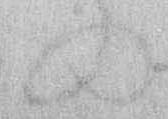
の